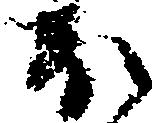
ほ